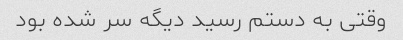
وقتی به دستم رسید دیگه سر شده بود